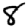
Digit: 8